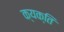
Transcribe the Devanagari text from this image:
क्यक्ति